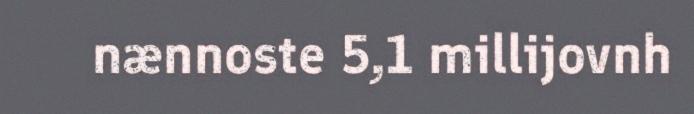
nænnoste 5,1 millijovnh